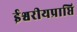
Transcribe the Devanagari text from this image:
ईश्वरीयप्राप्ति